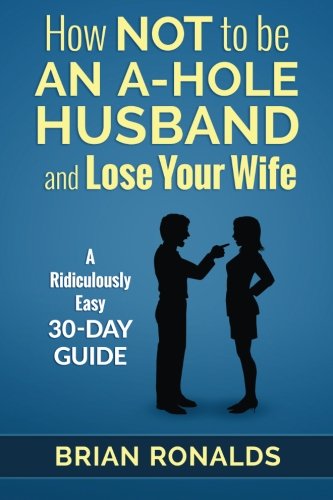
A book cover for How Not to be an A-Hole Husband and Lose Your Wife (A-Hole Series) (Volume 1); Brian Ronalds; Self-Help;